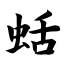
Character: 蛞